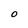
Character: O